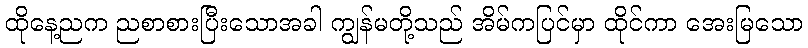
ထိုနေ့ညက ညစာစားပြီးသောအခါ ကျွန်မတို့သည် အိမ်ကပြင်မှာ ထိုင်ကာ အေးမြသော